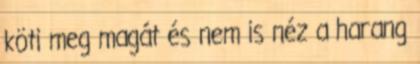
köti meg magát és nem is néz a harang